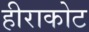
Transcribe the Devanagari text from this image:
हीराकोट